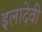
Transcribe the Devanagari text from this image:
इलादेवी